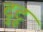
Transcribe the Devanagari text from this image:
टुटू